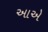
આએ